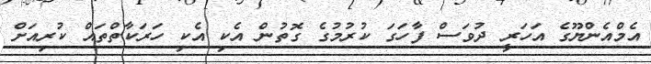
އެމްއެންޔޫގެ އަހަރީ ދުވަސް ފާހަގަ ކުރުމުގެ ގޮތުން އެކި އެކި ހަރަކާތްތައް ކުރިއަށް